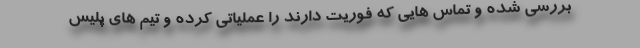
بررسی شده و تماس هایی که فوریت دارند را عملیاتی کرده و تیم های پلیس